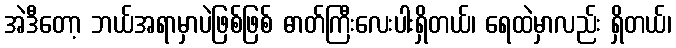
အဲဒီတော့ ဘယ်အရာမှာပဲဖြစ်ဖြစ် ဓာတ်ကြီးလေးပါးရှိတယ်၊ ရေထဲမှာလည်း ရှိတယ်၊